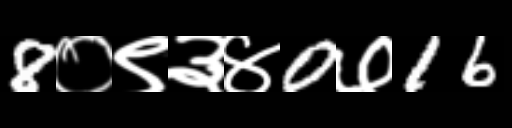
Text: 8०९३४0७16